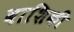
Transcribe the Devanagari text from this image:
वाशिकी